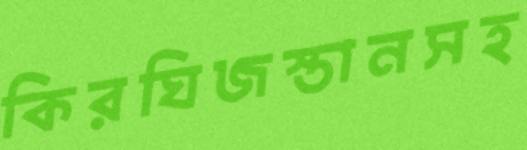
কিরঘিজস্তানসহ